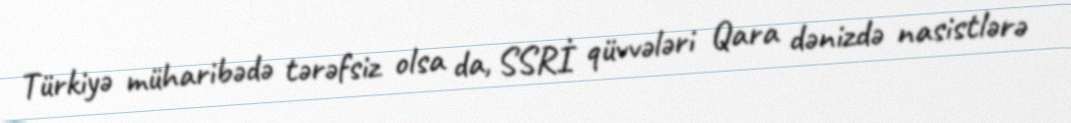
Türkiyə müharibədə tərəfsiz olsa da, SSRİ qüvvələri Qara dənizdə nasistlərə